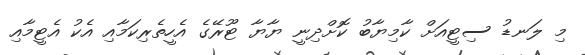
މި ލަނޑު ސިޓީއަށް ކާމިޔާބު ކޮށްދިނީ ޔާޔާ ޓޫރޭގެ އެހީތެރިކަމާއި އެކު އެޓީމާއި